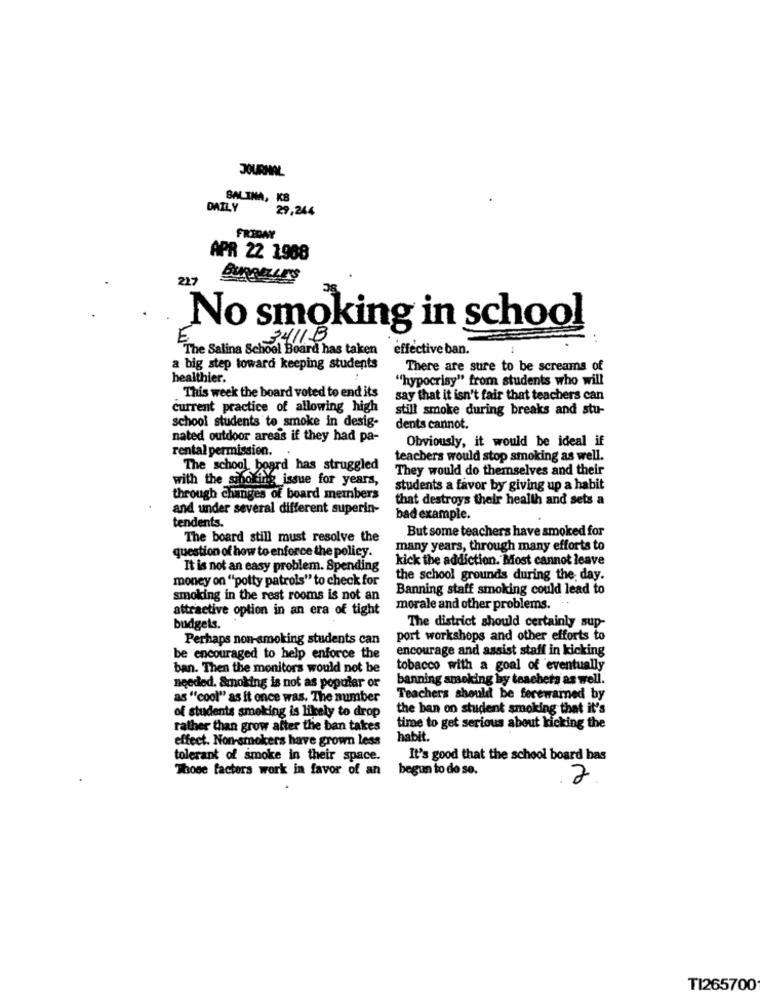
JOURNAL
SALINA, KB
DAILY
29,244
FRIDAY
APR 22 1908
217
BURRELLE'S
No smoking in school
3411B
"The Salina School Board has taken
effective ban.
a big step toward keeping students
There are sure to be screams of
healthier.
"hypocrisy" from students who will
This week the board voted to end its
say that it isn't fair that teachers can
current practice of allowing high
still smoke during breaks and stu-
school students to smoke in desig-
dents cannot.
nated outdoor areas if they had pa-
Obviously, it would be ideal if
rental permission.
teachers would stop smoking as well.
The school board has struggled
They would do themselves and their
with the smoking issue for years,
students a favor by giving up a habit
through changes of board members
that destroys their health and sets a
and under several different superin-
tendents.
bad example.
But some teachers have smoked for
The board still must resolve the
question of how to enforce the policy.
many years, through many efforts to
kick the addiction. Most cannot leave
It is not an easy problem. Spending
money on "potty patrols" to check for
the school grounds during the day.
Banning staff smoking could lead to
smoking in the rest rooms is not an
attractive option in an era of tight
morale and other problems. "
budgets.
The district should certainly sup-
Perhaps non-smoking students can
port workshops and other efforts to
encourage and assist staff in kicking
be encouraged to help enforce the
ban. Then the monitors would not be
tobacco with a goal of eventually
banning smoking by teacheta as well.
needed. Smoking is not as popular or
as "cool" as it once was. The number
Teachers should be forewarned by
of students smoking is likely to drop
the ban on student smoking that it's
rather than grow after the ban takes
time to get serious about kicking the
effect. Non-smokers have grown less
habit.
tolerant of smoke in their space.
It's good that the school board bas
Those factors work in favor of an
begun to do so.
2
TI265700